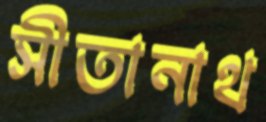
সীতানাথ